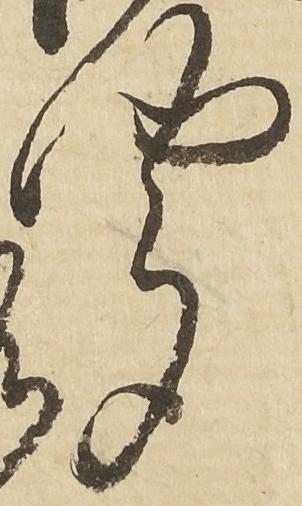
聞